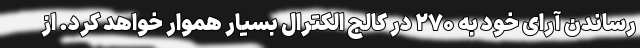
رساندن آرای خود به ۲۷۰ در کالج الکترال بسیار هموار خواهد کرد. از